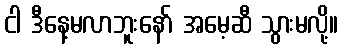
ငါ ဒီနေ့မလာဘူးနော် အမေ့ဆီ သွားမလို့။